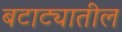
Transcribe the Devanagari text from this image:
बटाट्यातील